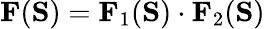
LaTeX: \mathbf{F}(\mathbf{S})=\mathbf{F}_{1}(\mathbf{S})\cdot\mathbf{F}_{2}(\mathbf{S})